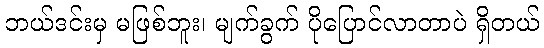
ဘယ်ဒင်းမှ မဖြစ်ဘူး၊ မျက်ခွက် ပိုပြောင်လာတာပဲ ရှိတယ်